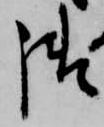
御